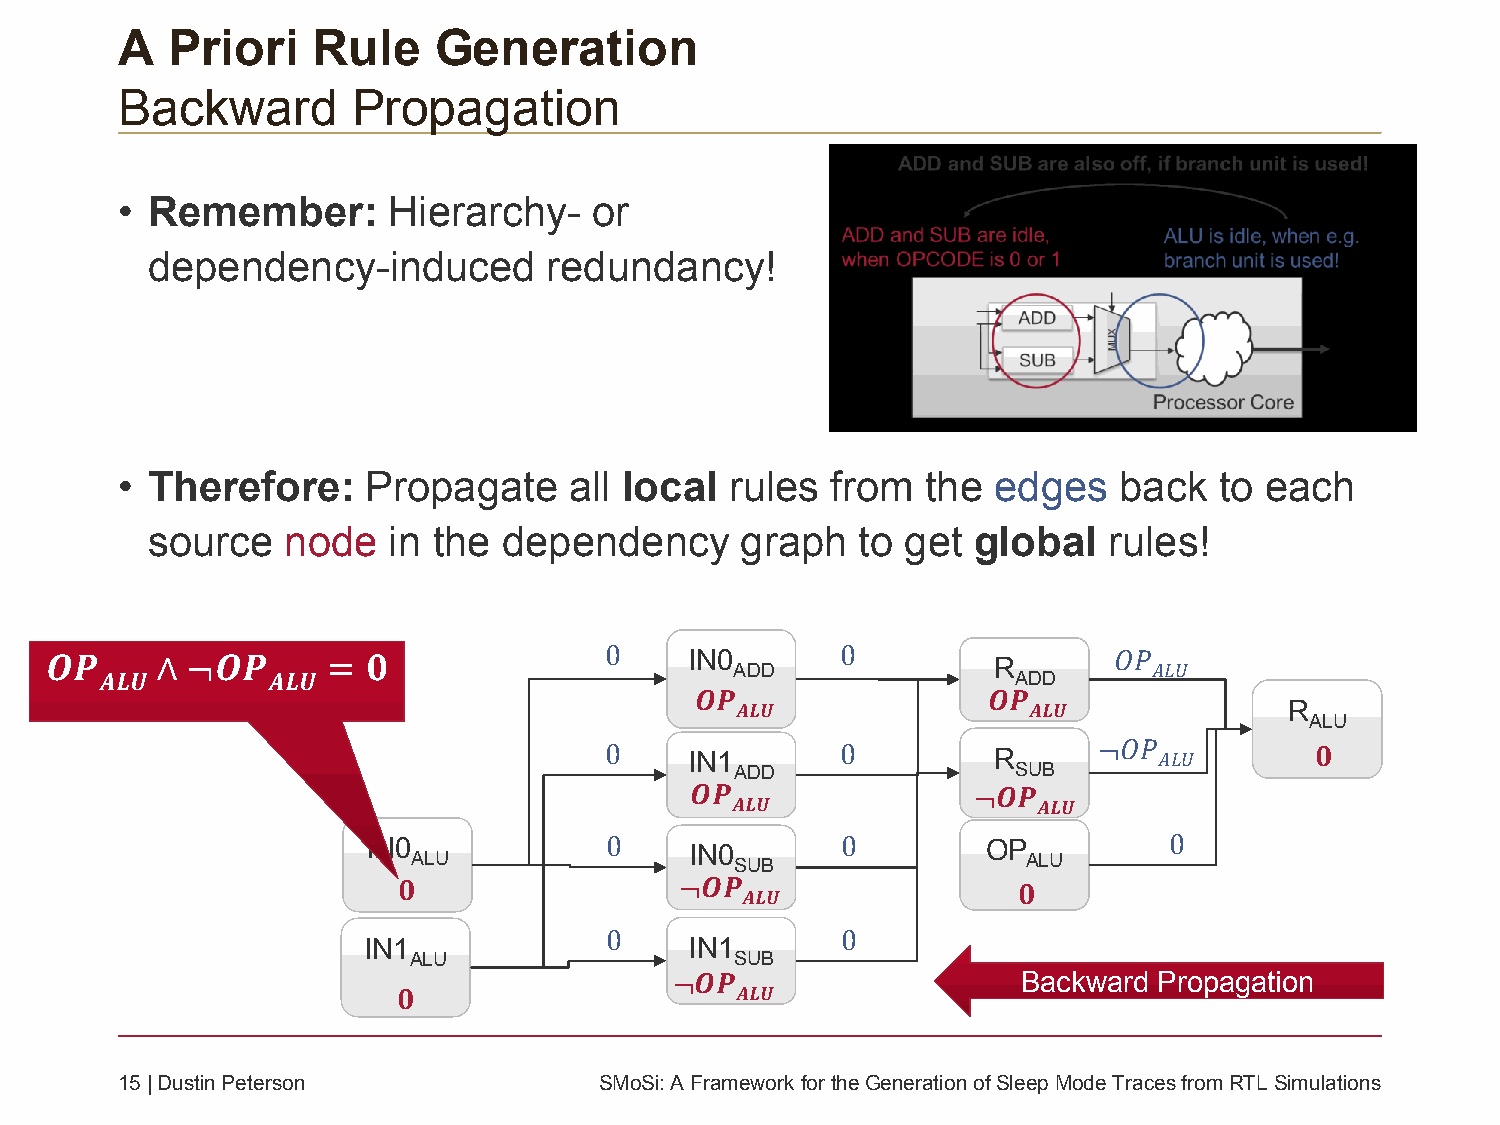
A  Priori    Rule    Generation
 Backward       Propagation
 • Remember:       Hierarchy-   or
 dependency-induced        redundancy!
 • Therefore:    Propagate     all local rules  from  the  edges   back   to each
 source   node   in the dependency      graph   to get global   rules!
 𝑶𝑶𝑷𝑷   ∧∧ ¬¬𝑶𝑶𝑷𝑷   == 𝟎𝟎             0     IINN00    0         RR      𝑂𝑃
 AADDDD                     𝐴𝐿𝑈
 𝑨𝑨𝑳𝑳𝑼𝑼     𝑨𝑨𝑳𝑳𝑼𝑼                                           AADDDD
 𝑶𝑷                 𝑶𝑷
 𝑨𝑳𝑼                𝑨𝑳𝑼              RR
 AALLUU
 0     IINN11    0         RR     ¬𝑂𝑃 𝐴𝐿𝑈       𝟎
 AADDDD            SSUUBB
 𝑶𝑷                ¬𝑶𝑷
 𝑨𝑳𝑼                  𝑨𝑳𝑼
 IINN00          0     IINN00    0        OOPP        0
 AALLUU                SSUUBB             AALLUU
 𝟎                  ¬𝑶𝑷                   𝟎
 𝑨𝑳𝑼
 0               0
 IINN11                IINN11
 AALLUU                SSUUBB
 ¬𝑶𝑷                    BBaacckkwwaarrdd PPrrooppaaggaattiioonn
 𝟎                      𝑨𝑳𝑼
 15| Dustin Peterson             SMoSi: A Framework fortheGeneration ofSleepMode Traces fromRTL Simulations